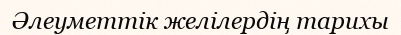
Әлеуметтік желілердің тарихы